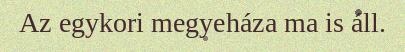
Az egykori megyeháza ma is áll.